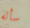
سأله